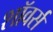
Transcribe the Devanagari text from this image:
शॉवर्स